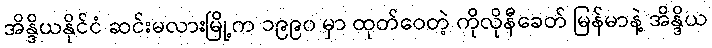
အိန္ဒိယနိုင်ငံ ဆင်းမလားမြို့က ၁၉၉၀ မှာ ထုတ်ဝေတဲ့ ကိုလိုနီခေတ် မြန်မာနဲ့ အိန္ဒိယ